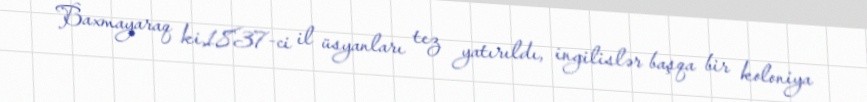
Baxmayaraq ki,1837-ci il üsyanları tez yatırıldı, ingilislər başqa bir koloniya